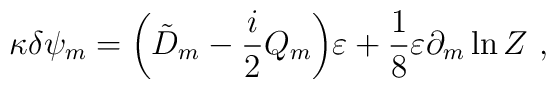
\kappa \delta \psi_m = \biggl(\tilde D_{m} -{i\over2} Q_m \biggr) \varepsilon+ \frac{1}{8}\varepsilon\partial_m \ln Z \ ,